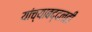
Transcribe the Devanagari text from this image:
यांच्याबद्दलही